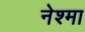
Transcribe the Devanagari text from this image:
नेश्मा